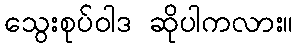
သွေးစုပ်ဝါဒ ဆိုပါကလား။